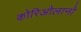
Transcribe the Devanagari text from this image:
कोरिओलानो